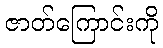
ဇာတ်ကြောင်းကို